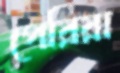
পেরিয়া